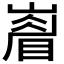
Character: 𭗙